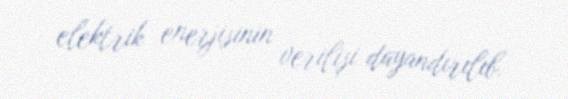
elektrik enerjisinin verilişi dayandırılıb.